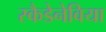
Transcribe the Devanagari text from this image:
स्कैडेनेविया